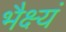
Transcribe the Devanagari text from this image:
भैक्ष्यं